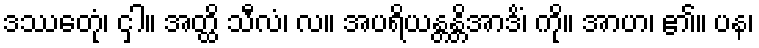
ဒဿေတုံ၊ ငှါ။ အတ္ထိ သီလံ၊ လ။ အပရိယန္တန္တိအာဒိံ၊ ကို။ အာဟ၊ ၏။ ပန၊